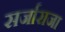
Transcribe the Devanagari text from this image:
सर्जाराजा